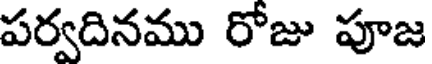
పర్వదినము రోజు పూజ